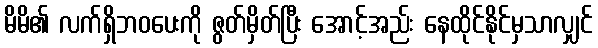
မိမိ၏ လက်ရှိဘဝပေးကို ဇွတ်မှိတ်ပြီး အောင့်အည်း နေထိုင်နိုင်မှသာလျှင်